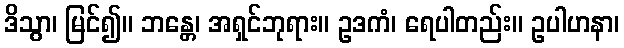
ဒိသွာ၊ မြင်၍။ ဘန္တေ၊ အရှင်ဘုရား။ ဥဒကံ၊ ရေပါတည်း။ ဥပါဟနာ၊